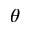
\theta